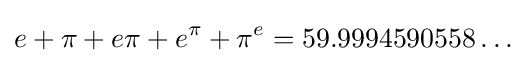
e+\pi +e\pi +e^{\pi }+\pi ^{e}=59.9994590558\ldots